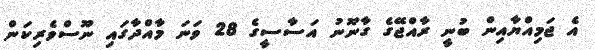
އެ ޖަމިއްޔާއިން ބުނީ ރާއްޖޭގެ ގާނޫނު އަސާސީގެ 28 ވަނަ މާއްދާގައި ނޫސްވެރިކަން